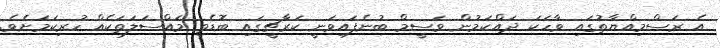
އެ ރަސްމިއްޔާތުގައި ވާހަކަ ދައްކަމުން ވަސީމް ބުނެފައިވަނީ ކަރާޗީގައި ބޮޑެތި މައްސަލަތަކެއް ހުރިކަމަށެވެ.